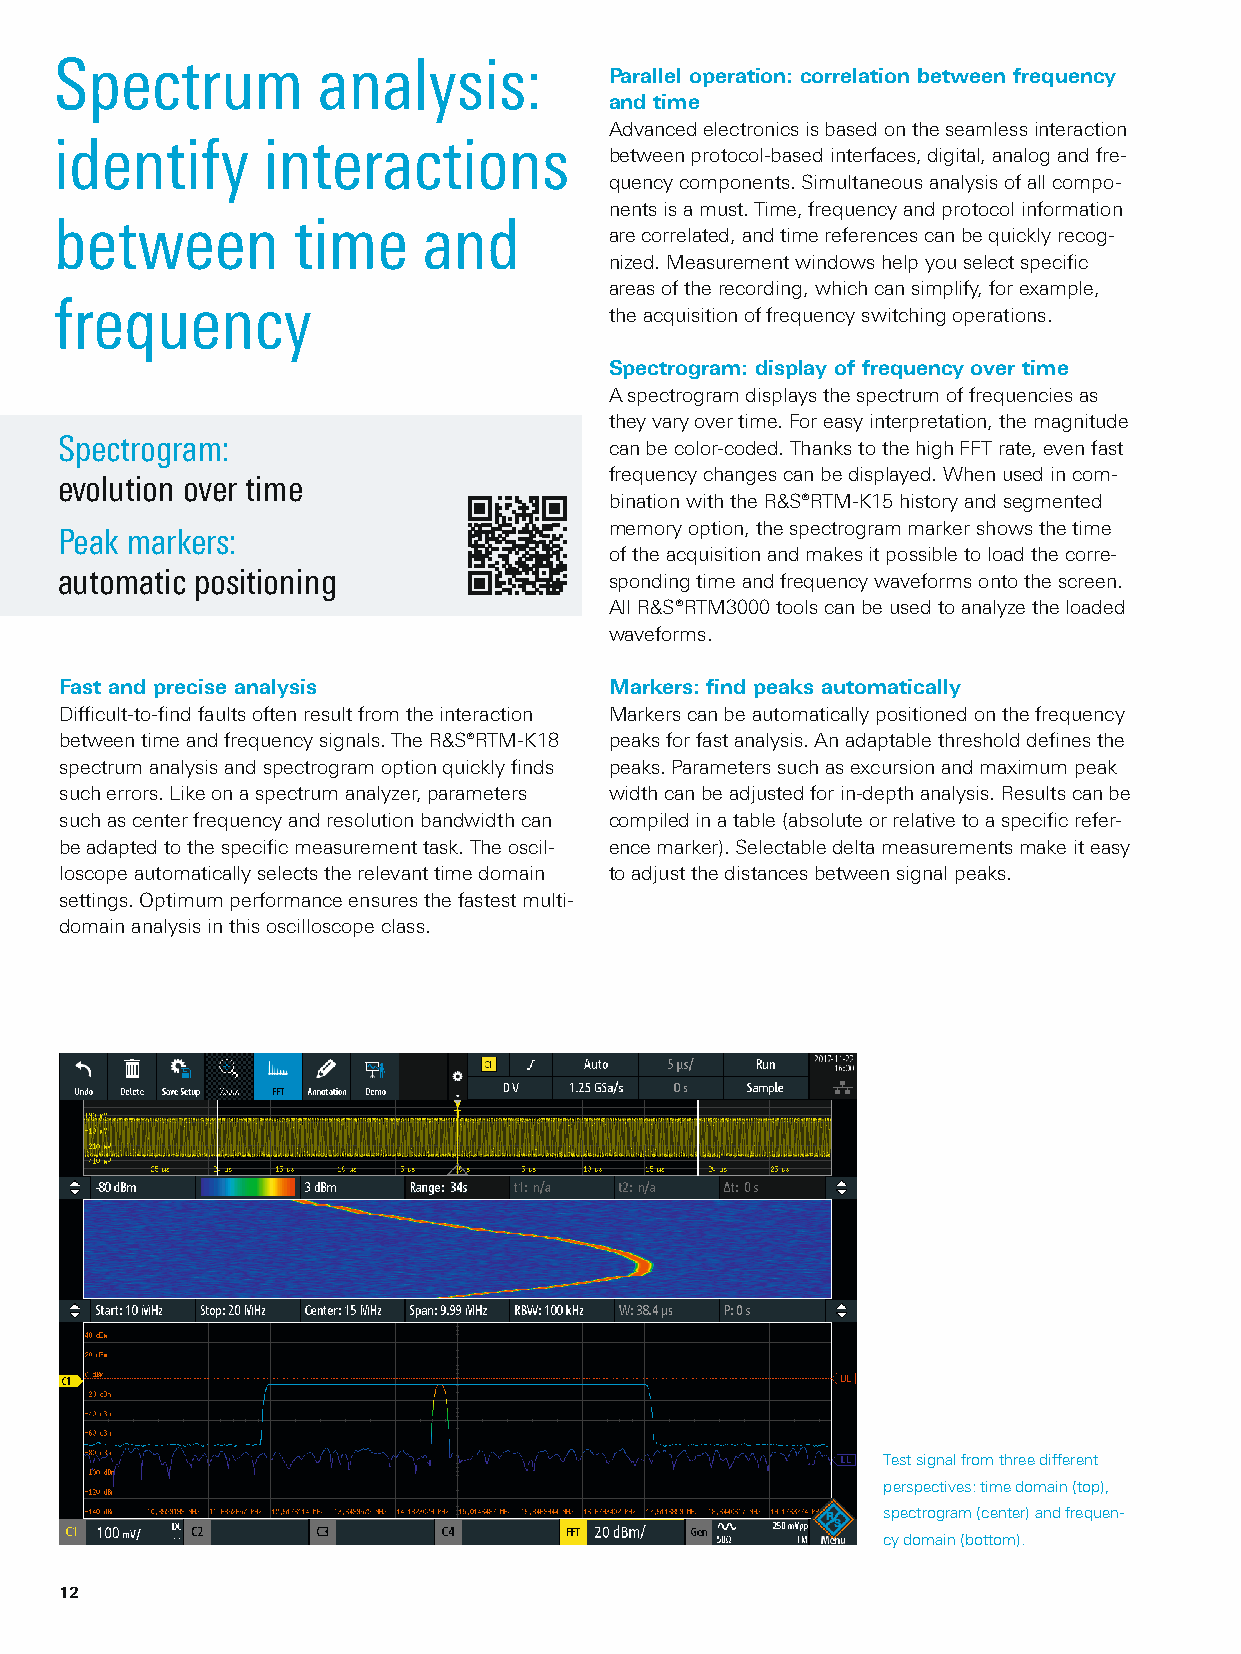
Spectrum         analysis:
 Parallel operation: correlation between frequency
 and time
 Advanced electronics is based on the seamless interaction
 identify     interactions
 between protocol-based interfaces, digital, analog and fre-
 quency components. Simultaneous analysis of all compo-
 nents is a must. Time, frequency and protocol information
 between        time     and
 are correlated, and time references can be quickly recog-
 nized. Measurement windows help you select specific
 areas of the recording, which can simplify, for example,
 frequency
 the acquisition of frequency switching operations.
 Spectrogram: display of frequency over time
 A spectrogram displays the spectrum of frequencies as
 they vary over time. For easy interpretation, the magnitude
 Spectrogram:                        can be color-coded. Thanks to the high FFT rate, even fast
 frequency changes can be displayed. When used in com-
 evolution over time
 bination with the R&S®RTM-K15 history and segmented
 memory option, the spectrogram marker shows the time
 Peak markers:
 of the acquisition and makes it possible to load the corre-
 automatic positioning               sponding time and frequency waveforms onto the screen.
 All R&S®RTM3000 tools can be used to analyze the loaded
 waveforms.
 Fast and precise analysis           Markers: find peaks automatically
 Difficult-to-find faults often result from the interaction Markers can be automatically positioned on the frequency
 between time and frequency signals. The R&S®RTM-K18 peaks for fast analysis. An adaptable threshold defines the
 spectrum analysis and spectrogram option quickly finds peaks. Parameters such as excursion and maximum peak
 such errors. Like on a spectrum analyzer, parameters width can be adjusted for in-depth analysis. Results can be
 such as center frequency and resolution bandwidth can compiled in a table (absolute or relative to a specific refer-
 be adapted to the specific measurement task. The oscil- ence marker). Selectable delta measurements make it easy
 loscope automatically selects the relevant time domain to adjust the distances between signal peaks.
 settings. Optimum performance ensures the fastest multi-
 domain analysis in this oscilloscope class.
 Test signal from three different
 perspectives: time domain (top),
 spectrogram (center) and frequen-
 cy domain (bottom).
 12
 RTM3000_bro_en_5214-9144-12_v0400.indd 12                               11.01.2018 09:01:29